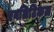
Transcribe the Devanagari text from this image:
एनलिटिकल